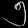
Digit: ၅